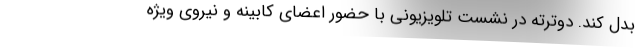
بدل کند. دوترته در نشست تلویزیونی با حضور اعضای کابینه و نیروی ویژه